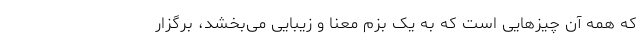
که همه آن چیزهایی است که به یک بزم معنا و زیبایی می‌بخشد، برگزار